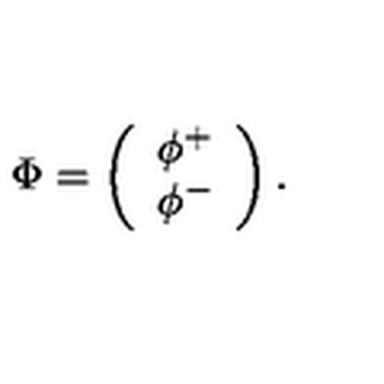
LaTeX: \nonumber \Phi = \left( \begin{array} { c } { \phi ^ { + } } \\ { \phi ^ { - } } \\ \end{array} \right) .